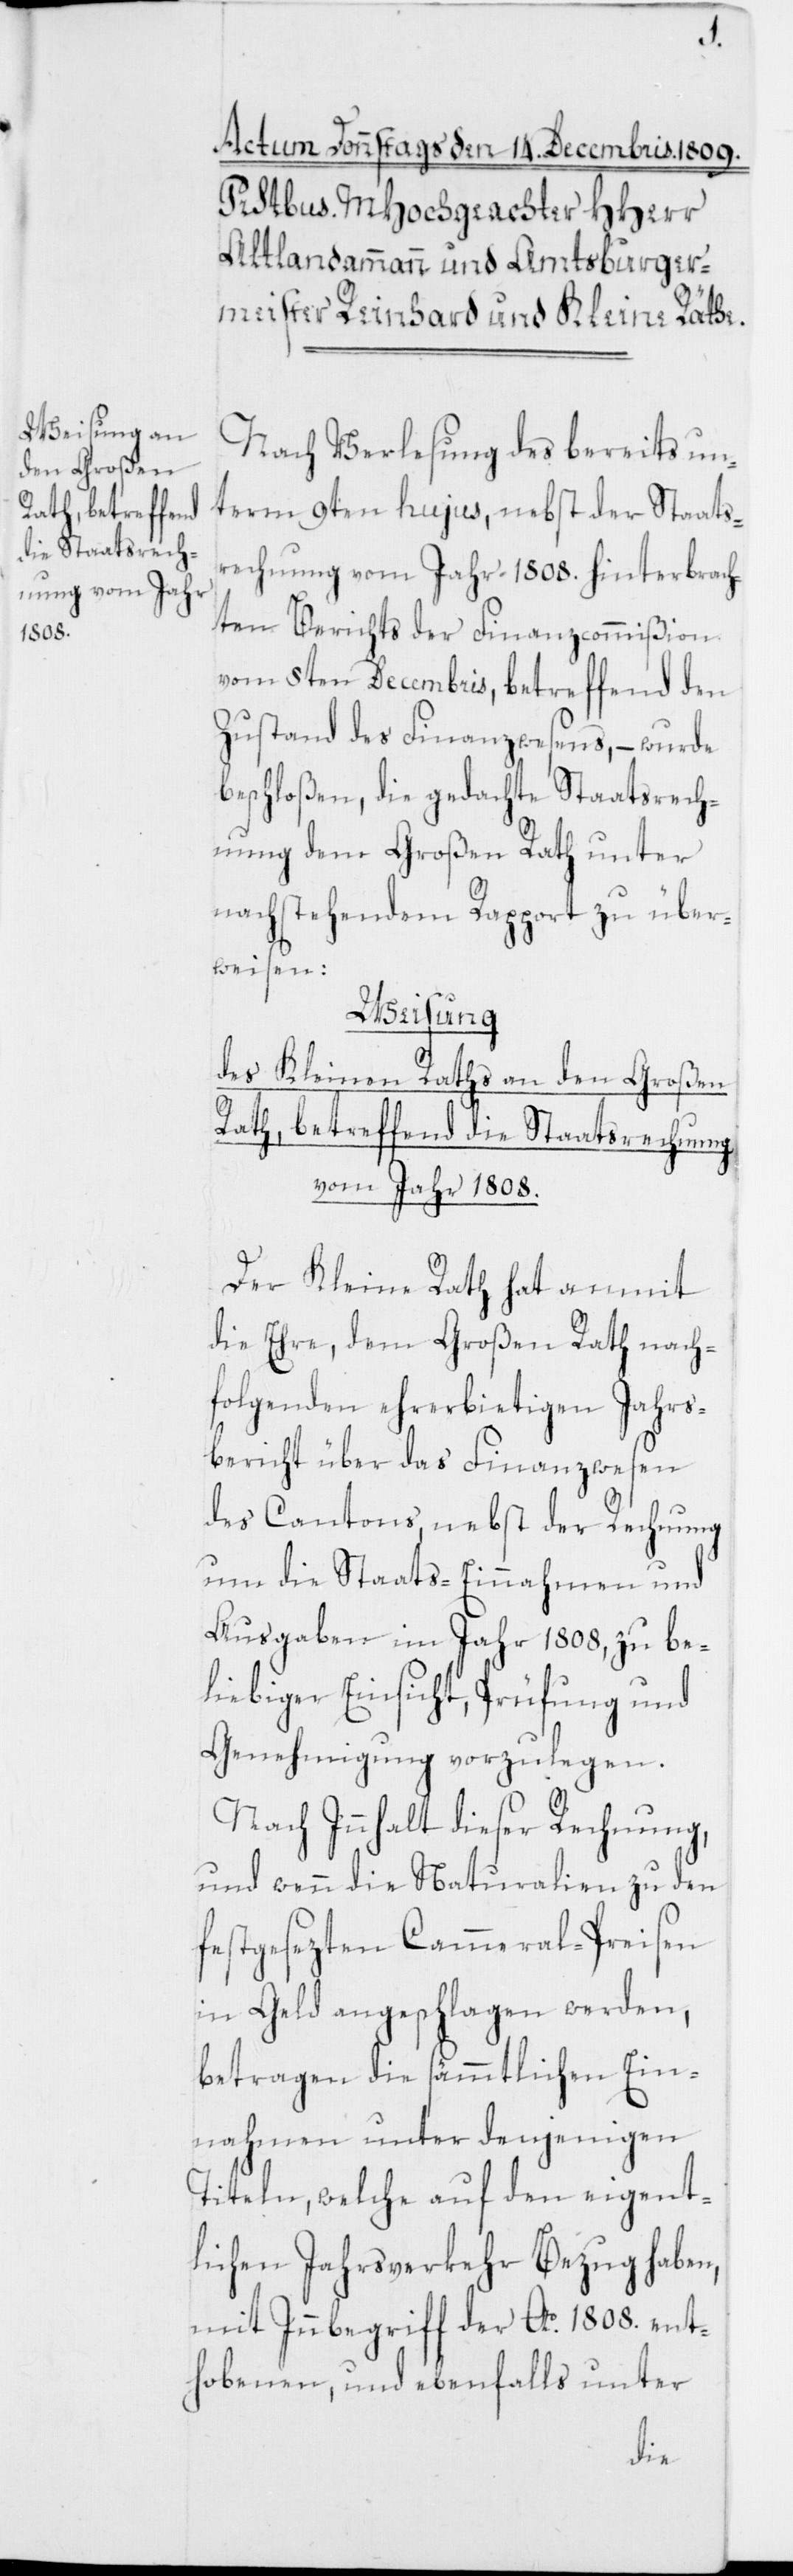
Nach Verlesung des bereits un¬
term 9ten hujus, nebst der Staats¬
rechnung vom Jahr 1808. hinterbrach¬
ten Berichts der Finanzcommißion
vom 8ten Decembris, betreffend den
Zustand des Finanzwesens, – wurde
beschloßen, die gedachte Staatsrech¬
nung dem Grossen Rath unter
nachstehendem Rapport zu über¬
weisen:
Weisung
des Kleinen Raths an den Großen
Rath, betreffend die Staatsrechnung
vom Jahr 1808.
Der Kleine Rath hat anmit
die Ehre, dem Großen Rath nach¬
folgenden ehrerbietigen Jahrs¬
bericht über das Finanzwesen
des Cantons, nebst der Rechnung
um die Staats-Einnahmen und
Ausgaben im Jahr 1808, zu be¬
liebiger Einsicht, Prüfung und
Genehmigung vorzulegen.
Nach Innhalt dieser Rechnung,
und wenn die Naturalien zu den
festgesezten Cammeral-Preisen
in Geld angeschlagen werden,
betragen die sämmtlichen Ein¬
nahmen unter denjenigen
Titeln, welche auf den eigent¬
lichen Jahrsverkehr Bezug haben,
mit Innbegriff der Ao. 1808. ent¬
hobenen, und ebenfalls unter